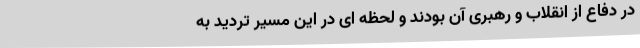
در دفاع از انقلاب و رهبری آن بودند و لحظه ای در این مسیر تردید به